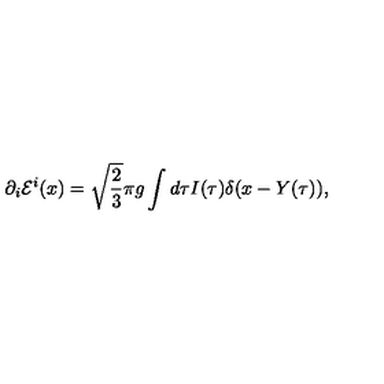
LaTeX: \partial _ { i } { \cal E } ^ { i } ( x ) = \sqrt { \frac { 2 } { 3 } } \pi g \int d \tau I ( \tau ) \delta ( x - Y ( \tau ) ) ,